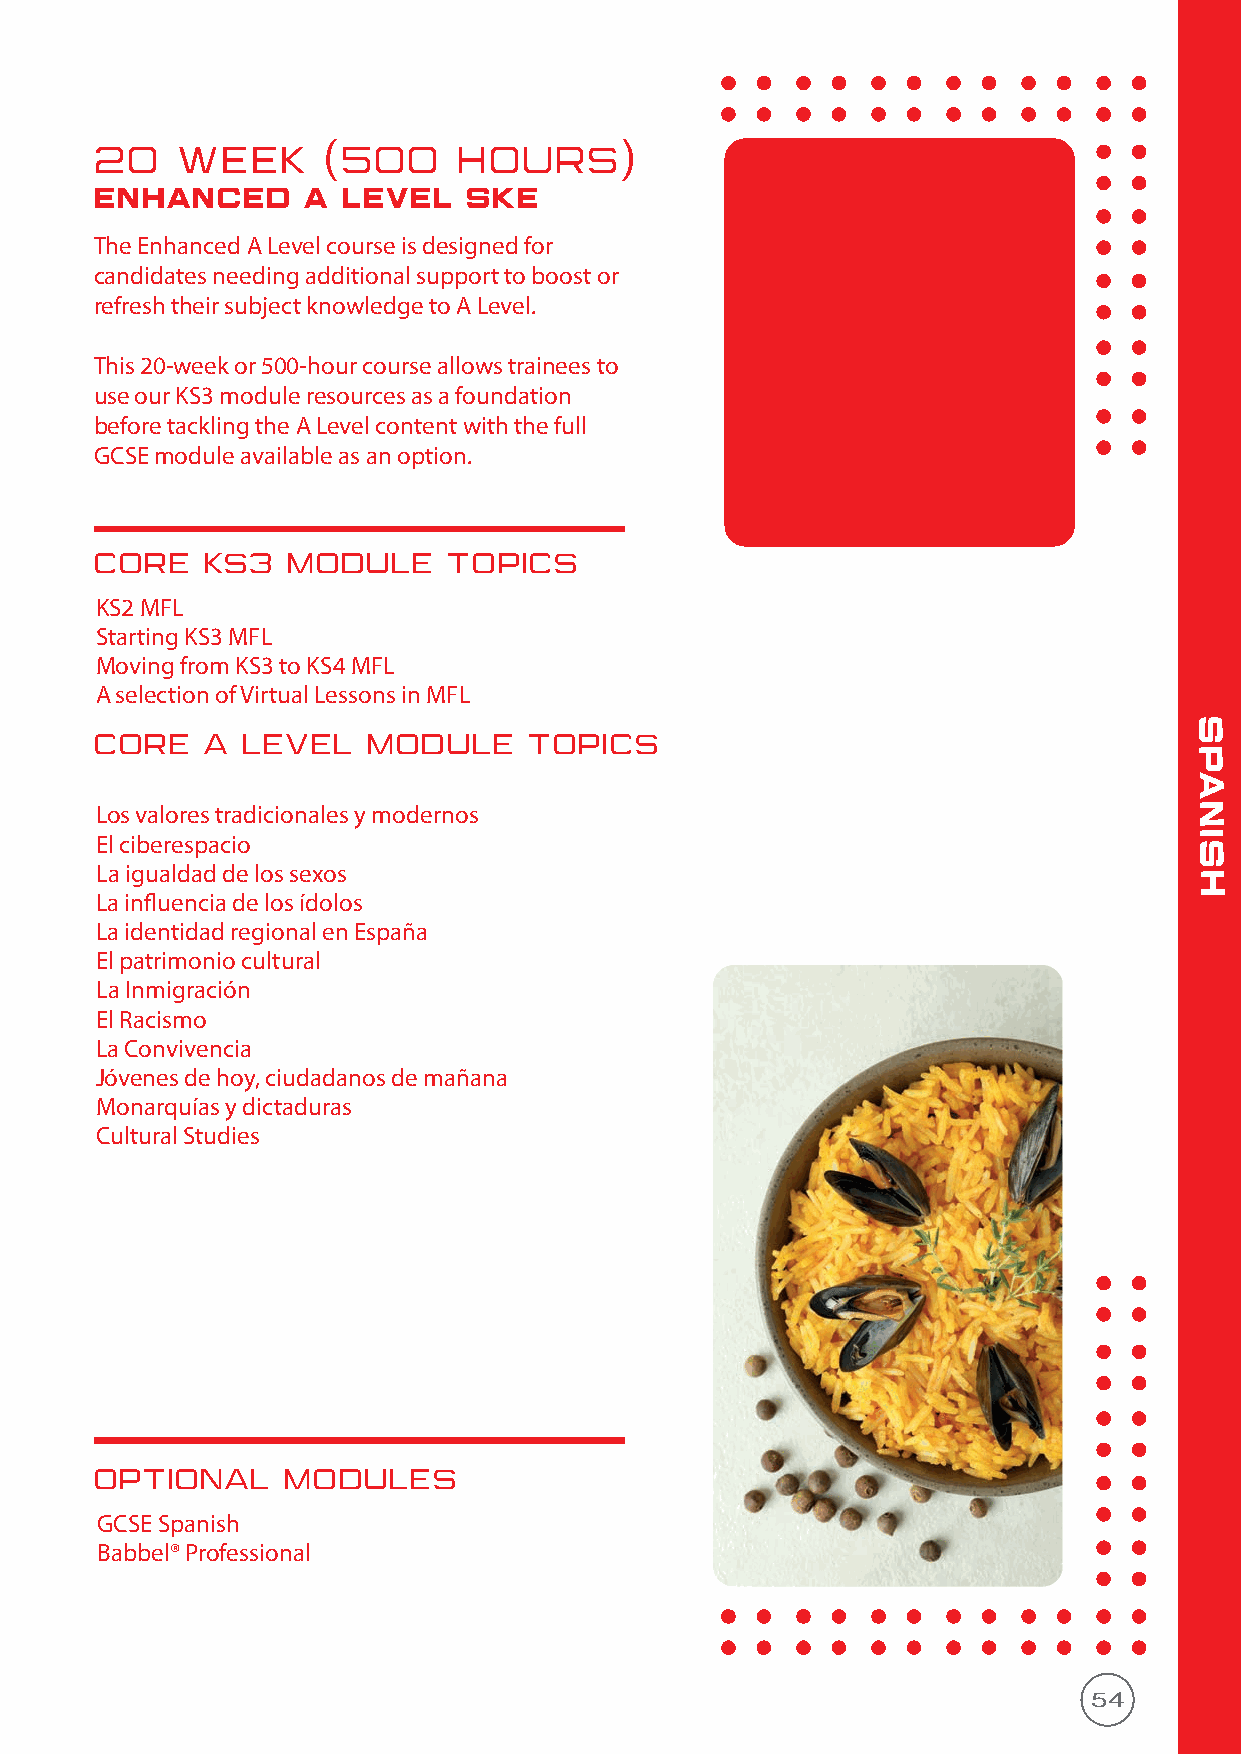
20    WEEK     (500     HOURS)
 enhanced      A  LEVEL   SKE
 The Enhanced A Level course is designed for
 candidates needing additional support to boost or
 refresh their subject knowledge to A Level.
 This 20-week or 500-hour course allows trainees to
 use our KS3 module resources as a foundation
 before tackling the A Level content with the full
 GCSE module available as an option.
 CORE   KS3   MODULE     TOPICS
 KS2 MFL
 Starting KS3 MFL
 Moving from KS3 to KS4 MFL
 A selection of Virtual Lessons in MFL
 s
 CORE   A  LEVEL   MODULE     TOPICS
 p
 a
 Los valores tradicionales y modernos                                     n
 El ciberespacio                                                          i s
 La igualdad de los sexos                                                 h
 La influencia de los ídolos
 La identidad regional en España
 El patrimonio cultural
 La Inmigración
 El Racismo
 La Convivencia
 Jóvenes de hoy, ciudadanos de mañana
 Monarquías y dictaduras
 Cultural Studies
 OPTIONAL     MODULES
 GCSE Spanish
 Babbel® Professional
 54